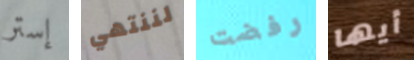
إستر لننتهي رفضت أيها